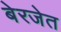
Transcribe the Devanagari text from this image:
बेरजेत